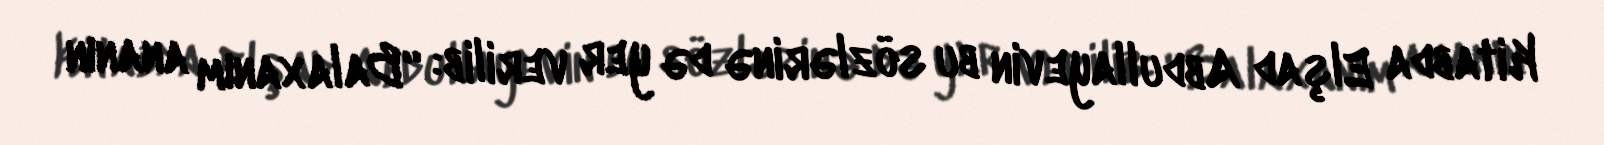
Kitabda Elşad Abdullayevin bu sözlərinə də yer verilib: “Balaxanım ananın